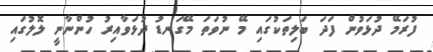
ފުރަމޭ ދުޅަވުން ފަދަ ބަލިތަކުގައި މޭ ނުވަތަ މޭގަނޑު ދުޅަވާއިރު ހުންނާނީ ލޮލުގައި